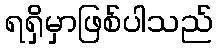
ရရှိမှာဖြစ်ပါသည်